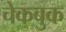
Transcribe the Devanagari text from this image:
चेकबुक